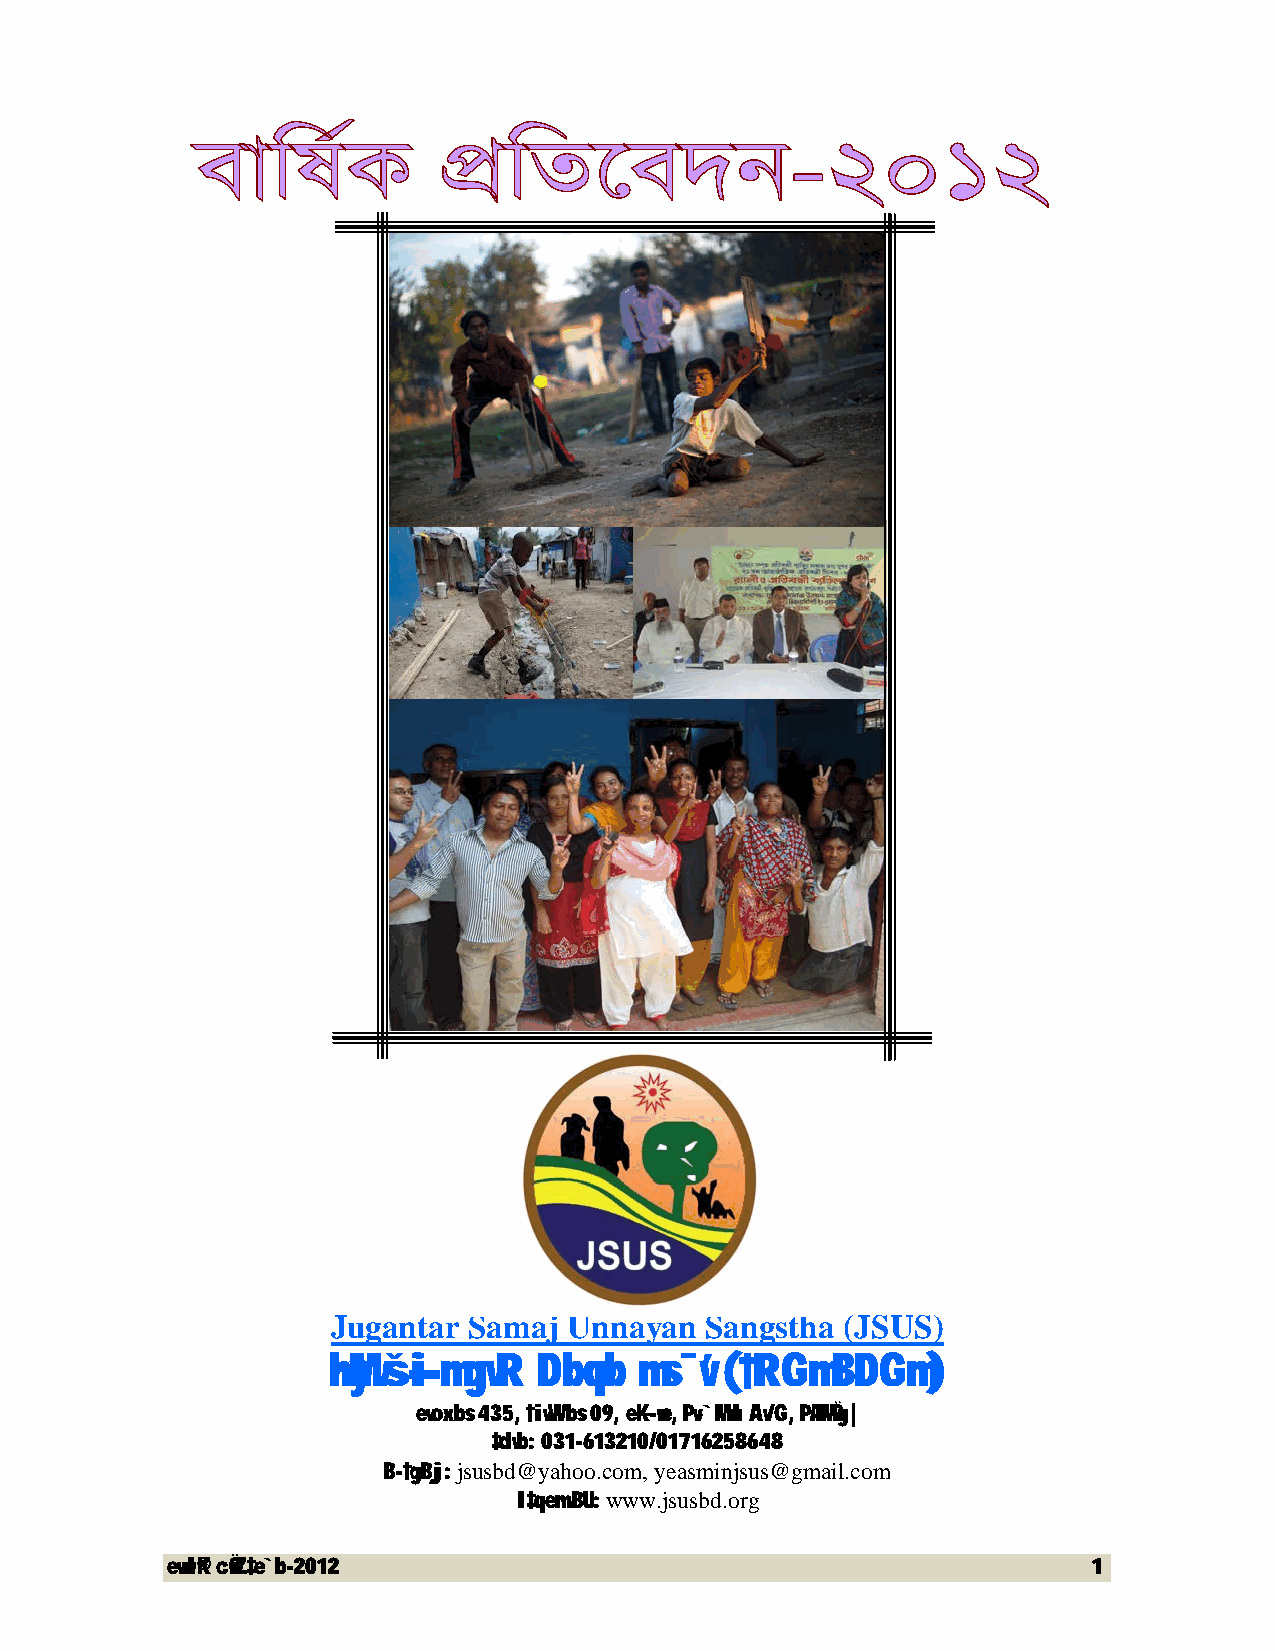
Jugantar Samaj  Unnayan  Sangstha (JSUS)
 hyMvš—i mgvR  Dbœqb ms¯’v (†RGmBDGm)
 evox bs 435, †ivW bs 09, e−K-we, Pv›`MvuI Av/G, PÆMÖvg|
 ‡dvb: 031-613210/01716258648
 B-†gBj: jsusbd@yahoo.com, yeasminjsus@gmail.com
 I‡qemvBU: www.jsusbd.org
 evwl©K cÖwZ‡e`b-2012                                         1